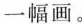
C.②①⑤④⑥③ D.②③①④⑥⑤